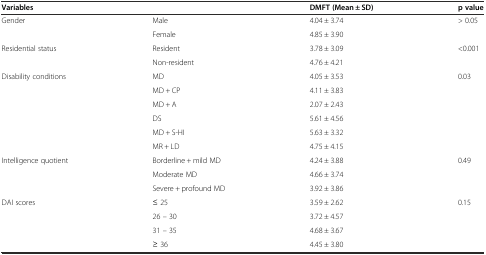
<table><thead><tr><td colspan="2"><b>Variables</b></td><td><b>DMFT (Mean ± SD)</b></td><td><b>p value</b></td></tr></thead><tbody><tr><td rowspan="2">Gender</td><td>Male</td><td>4.04 ± 3.74</td><td rowspan="2">&gt; 0.05</td></tr><tr><td>Female</td><td>4.85 ± 3.90</td></tr><tr><td rowspan="2">Residential status</td><td>Resident</td><td>3.78 ± 3.09</td><td rowspan="2">&lt;0.001</td></tr><tr><td>Non-resident</td><td>4.76 ± 4.21</td></tr><tr><td rowspan="6">Disability conditions</td><td>MD</td><td>4.05 ± 3.53</td><td rowspan="6">0.03</td></tr><tr><td>MD + CP</td><td>4.11 ± 3.83</td></tr><tr><td>MD + A</td><td>2.07 ± 2.43</td></tr><tr><td>DS</td><td>5.61 ± 4.56</td></tr><tr><td>MD + S-HI</td><td>5.63 ± 3.32</td></tr><tr><td>MR + LD</td><td>4.75 ± 4.15</td></tr><tr><td rowspan="3">Intelligence quotient</td><td>Borderline + mild MD</td><td>4.24 ± 3.88</td><td rowspan="3">0.49</td></tr><tr><td>Moderate MD</td><td>4.66 ± 3.74</td></tr><tr><td>Severe + profound MD</td><td>3.92 ± 3.86</td></tr><tr><td rowspan="4">DAI scores</td><td>≤ 25</td><td>3.59 ± 2.62</td><td rowspan="4">0.15</td></tr><tr><td>26 – 30</td><td>3.72 ± 4.57</td></tr><tr><td>31 – 35</td><td>4.68 ± 3.67</td></tr><tr><td>≥ 36</td><td>4.45 ± 3.80</td></tr></tbody></table>